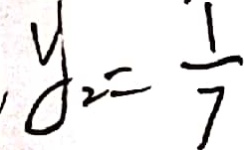
y _ { 2 } = \frac { 1 } { 7 }